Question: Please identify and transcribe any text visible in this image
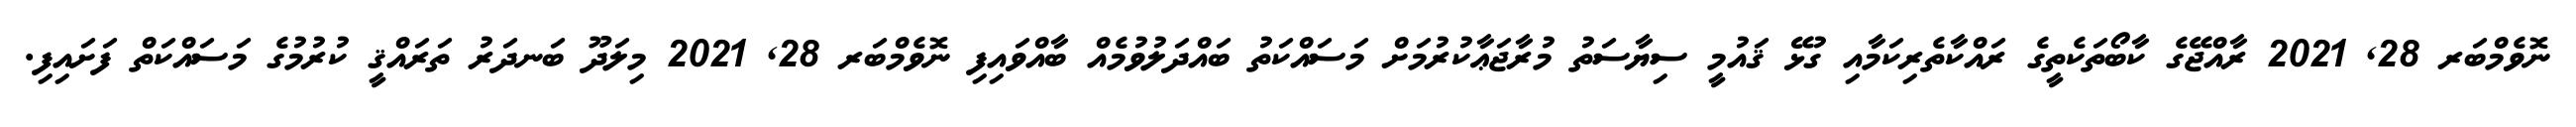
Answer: ނޮވެމްބަރ 28, 2021 ރާއްޖޭގެ ކާބޯތަކެތީގެ ރައްކާތެރިކަމާއި ގުޅޭ ޤައުމީ ސިޔާސަތު މުރާޖަޢާކުރުމަށް މަސައްކަތު ބައްދަލުވުމެއް ބާއްވައިފި ނޮވެމްބަރ 28, 2021 މިލަދޫ ބަނދަރު ތަރައްޤީ ކުރުމުގެ މަސައްކަތް ފަށައިފި.